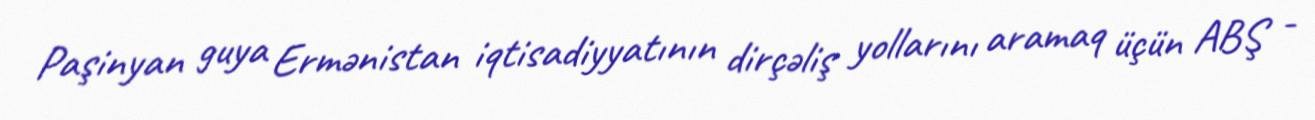
Paşinyan guya Ermənistan iqtisadiyyatının dirçəliş yollarını aramaq üçün ABŞ -